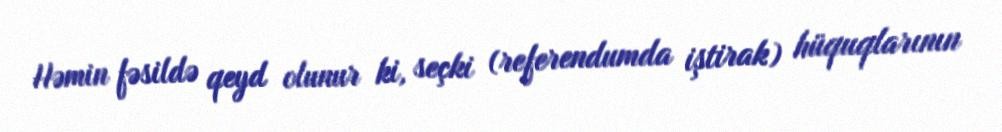
Həmin fəsildə qeyd olunur ki, seçki (referendumda iştirak) hüquqlarının